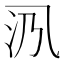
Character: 𱎃